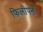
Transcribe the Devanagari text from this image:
फिलीपने